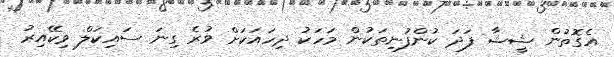
އެގޮތުން ޝީޝާ ފަދަ ކުންފުނިތަކުން މަހަކު ދިހައަކަށް ވުރެ ގިނަ ސައިކަލް ވިކޭއިރު